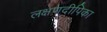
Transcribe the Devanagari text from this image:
लक्षणदीपिका